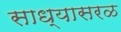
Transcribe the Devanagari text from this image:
साध्यासरळ